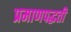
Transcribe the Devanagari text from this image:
प्रमाणपद्धती